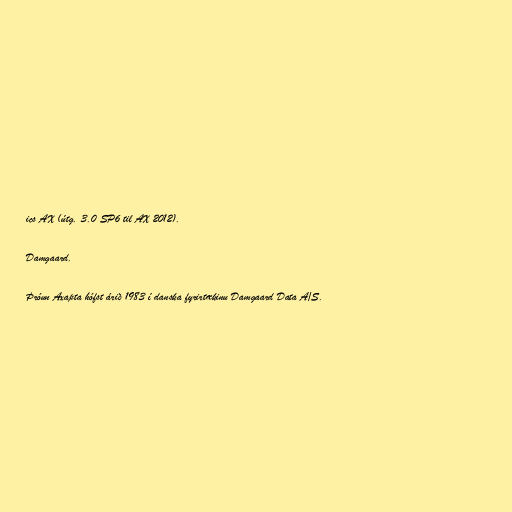
ics AX (útg. 3.0 SP6 til AX 2012).

Damgaard.

Þróun Axapta hófst árið 1983 í danska fyrirtækinu Damgaard Data A/S.